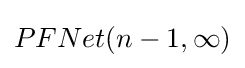
PFNet(n-1,\infty )